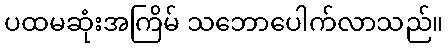
ပထမဆုံးအကြိမ် သဘောပေါက်လာသည်။